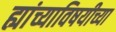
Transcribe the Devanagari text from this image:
ह्यांच्याविषयीच्या